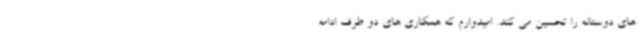
‌های دوستانه را تحسین می ‌کند. امیدوارم که همکاری ‌های دو طرف ادامه